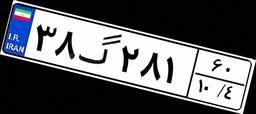
۳۸گ۲۸۱۶۰